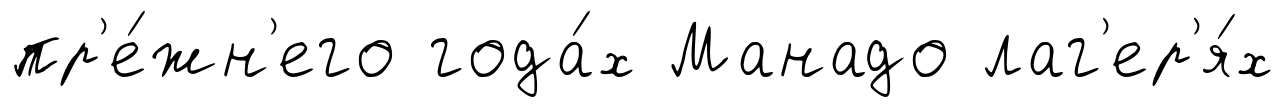
пр'е́жн'его года́х Манадо лаг'ер'я́х